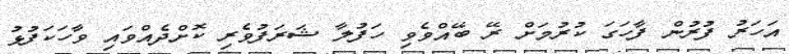
އަހަރު ފުރުން ފާހަގަ ކުރުމަށް ރޭ ބޭއްވެވި ހަފުލާ ޝަރަފުވެރި ކޮށްދެއްވައި ވާހަކަފުޅު